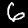
Label: 6